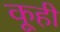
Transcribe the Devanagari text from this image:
कूही